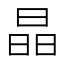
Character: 晶